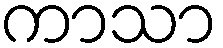
ကာသာ